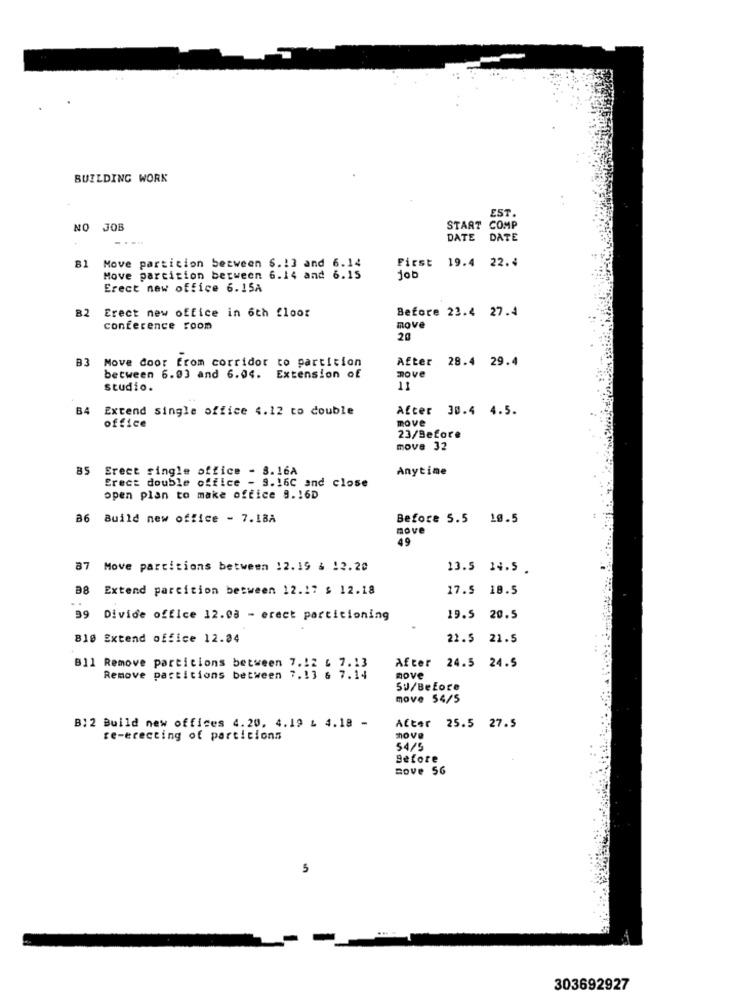
BUILDING WORK
EST.
NO JOB
START COMP
....
DATE
DATE
81
Move particion between $.13 and 6.14
First 19.4 22.4
Move parcition between 6.14 and 6.15
dob
Erect new office 6.15A
B2
Erect new office in 6th floor
Before 23.4 27.4
conference room
move
20
B3
After
28.4 29.4
Move door from corridor to partition
between 6.03 and 6.04. Extension of
move
studio.
11
B4
Extend single office 4.12 to double
After 30.4 4.5.
move
office
23/Before
move 32
Erect single office - 8.16A
Anytime
Erect double office - 9.16C and close
open plan to make office 9.16D
86 Build new office - 7.18A
Before 5.5 10.5
move
49
87
Move partitions between 12.19 6 12.20
13.5 14.5 .
B8
Extend partition between 12.17 $ 12.18
17.5 18.5
..
39 Divide office 12.08 - erect partitioning
19.5 20.5
810 Extend office 12.94
22.5
21.5
After
24.5 24.5
B11 Remove particions between 7.12 6 7.13
Remove partitions between 7.13 6 7.14
move
5J/Before
move 54/5
B: 2 Build new offices 4.20, 4.19 & 4.18 -
After 25.5 27.5
re-erecting of particions
move
54/5
Before
sove 56
5
303692927